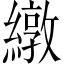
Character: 𫄃